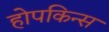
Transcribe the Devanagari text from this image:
होपकिन्स